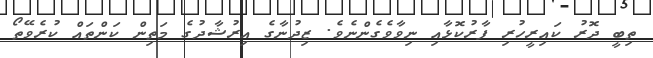
ތިބީ ދޮރު ކައިރީހުރި ފާރުކޮޅާއި ނިވާވެގެންނެވެ. ޒިދުނާގެ އިރުޝާދުގެ މަތިން ކަންތައް ކުރެވޭތޯ